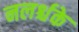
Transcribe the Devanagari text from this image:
नलर्श्चके